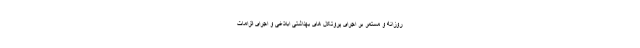
روزانه و مستمر بر اجرای پروتکل های بهداشتی ابلاغی و اجرای الزامات